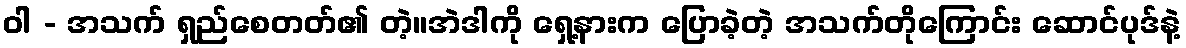
ဝါ - အသက် ရှည်စေတတ်၏ တဲ့။အဲဒါကို ရှေ့နားက ပြောခဲ့တဲ့ အသက်တိုကြောင်း ဆောင်ပုဒ်နဲ့